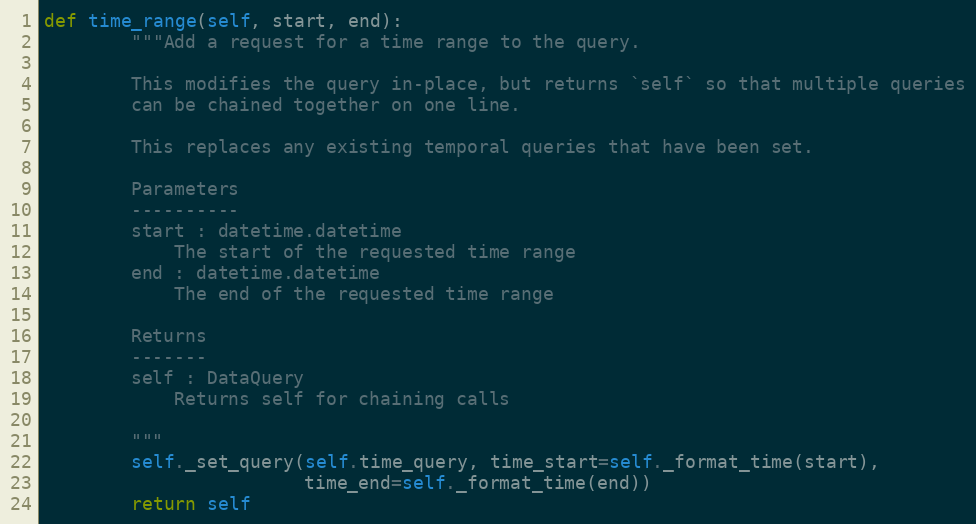
Language: Python
def time_range(self, start, end):
        """Add a request for a time range to the query.

        This modifies the query in-place, but returns `self` so that multiple queries
        can be chained together on one line.

        This replaces any existing temporal queries that have been set.

        Parameters
        ----------
        start : datetime.datetime
            The start of the requested time range
        end : datetime.datetime
            The end of the requested time range

        Returns
        -------
        self : DataQuery
            Returns self for chaining calls

        """
        self._set_query(self.time_query, time_start=self._format_time(start),
                        time_end=self._format_time(end))
        return self